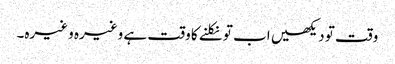
وقت تو دیکھیں اب تو نکلنے کا وقت ہے وغیرہ وغیرہ۔